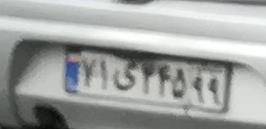
۷۱ی۳۴۵۹۹